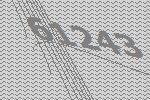
61243